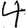
Digit: 4